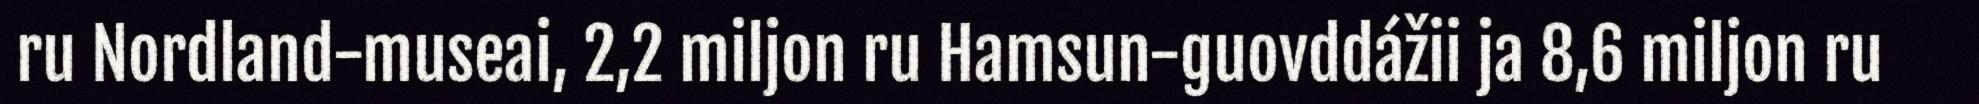
ru Nordland-museai, 2,2 miljon ru Hamsun-guovddážii ja 8,6 miljon ru